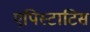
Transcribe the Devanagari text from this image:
एपिस्टाटिस